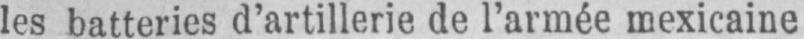
les batteries d’artillerie de l’armée mexicaine